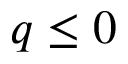
q \leq 0